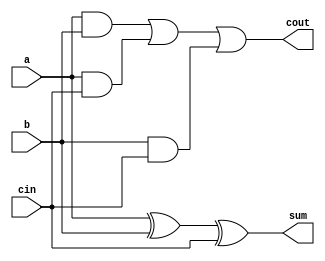
//-------------------------------------------------
// Cohort: OnOff
// Tony Tran, Hasan Kadado, Anthony Tran, Angel Gomez
//-------------------------------------------------

module FullAdder(input a, input b, input cin, output cout, output sum);

    assign sum = a ^ b ^ cin;
    
    assign cout = (a & b) | (a & cin) | (b & cin);

endmodule

module SixteenBitFullAdder(input [15:0] A, input [15:0] B, input C, output Carry, output [31:0] Sum);
    wire [15:0] temp; 

    FullAdder FA0(A[0], B[0], C, temp[0], Sum[0]);
    FullAdder FA1(A[1], B[1], temp[0], temp[1], Sum[1]);
    FullAdder FA2(A[2], B[2], temp[1], temp[2], Sum[2]);
    FullAdder FA3(A[3], B[3], temp[2], temp[3], Sum[3]);
    FullAdder FA4(A[4], B[4], temp[3], temp[4], Sum[4]);
    FullAdder FA5(A[5], B[5], temp[4], temp[5], Sum[5]);
    FullAdder FA6(A[6], B[6], temp[5], temp[6], Sum[6]);
    FullAdder FA7(A[7], B[7], temp[6], temp[7], Sum[7]);
    FullAdder FA8(A[8], B[8], temp[7], temp[8], Sum[8]);
    FullAdder FA9(A[9], B[9], temp[8], temp[9], Sum[9]);
    FullAdder FA10(A[10], B[10], temp[9], temp[10], Sum[10]);
    FullAdder FA11(A[11], B[11], temp[10], temp[11], Sum[11]);
    FullAdder FA12(A[12], B[12], temp[11], temp[12], Sum[12]);
    FullAdder FA13(A[13], B[13], temp[12], temp[13], Sum[13]);
    FullAdder FA14(A[14], B[14], temp[13], temp[14], Sum[14]);
    FullAdder FA15(A[15], B[15], temp[14], Carry, Sum[15]);

    assign Sum[31:16] = {16{Sum[15]}};
endmodule

/*
module testbench();
//Data Inputs
reg [3:0]dataA;
reg [3:0]dataB;
reg dataC;
//Outputs
wire[3:0]result;
wire carry;
FourBitFullAdder F4A0(dataA,dataB,dataC,carry,result);
initial
begin
//        0123456789ABCDEF
$display("Addition");
dataA=4'b1111; 
dataB=4'b1111;
dataC=0;
#100;

$display("%b+%b+%b=%b:%b",dataA,dataB,dataC,carry,result);

end

endmodule;
*/